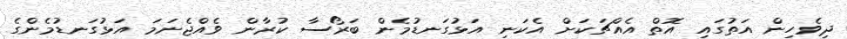
ދިވެހިން އަތުގައި އޮތް އެއްޗަކަށް އެކަނި އަޅުގަނޑުމެން ބަރޯސާ ކުރާން ވެއްޖެނަމަ އަޅުގަނޑުމެންގެ